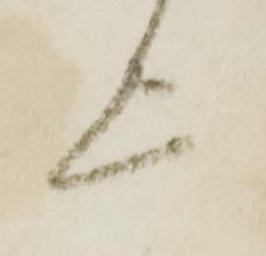
上